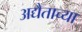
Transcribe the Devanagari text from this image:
अद्यैताच्या